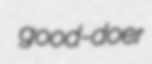
good-doer